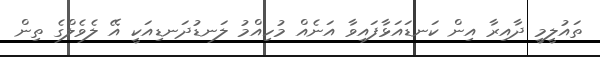
ތައުލީމީ ދާއިރާ އިން ކަނޑައަޅާފައިވާ އަނެއް މުހިއްމު ލަނޑުދަނޑިއަކީ އޭ ލެވެލްގެ ތިން